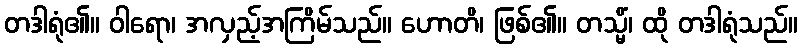
တဒါရုံ၏။ ဝါရော၊ အလှည့်အကြိမ်သည်။ ဟောတိ၊ ဖြစ်၏။ တသ္မိံ၊ ထို တဒါရုံသည်။